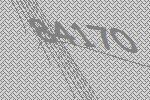
84170